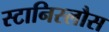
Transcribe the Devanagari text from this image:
स्टानिस्लौस